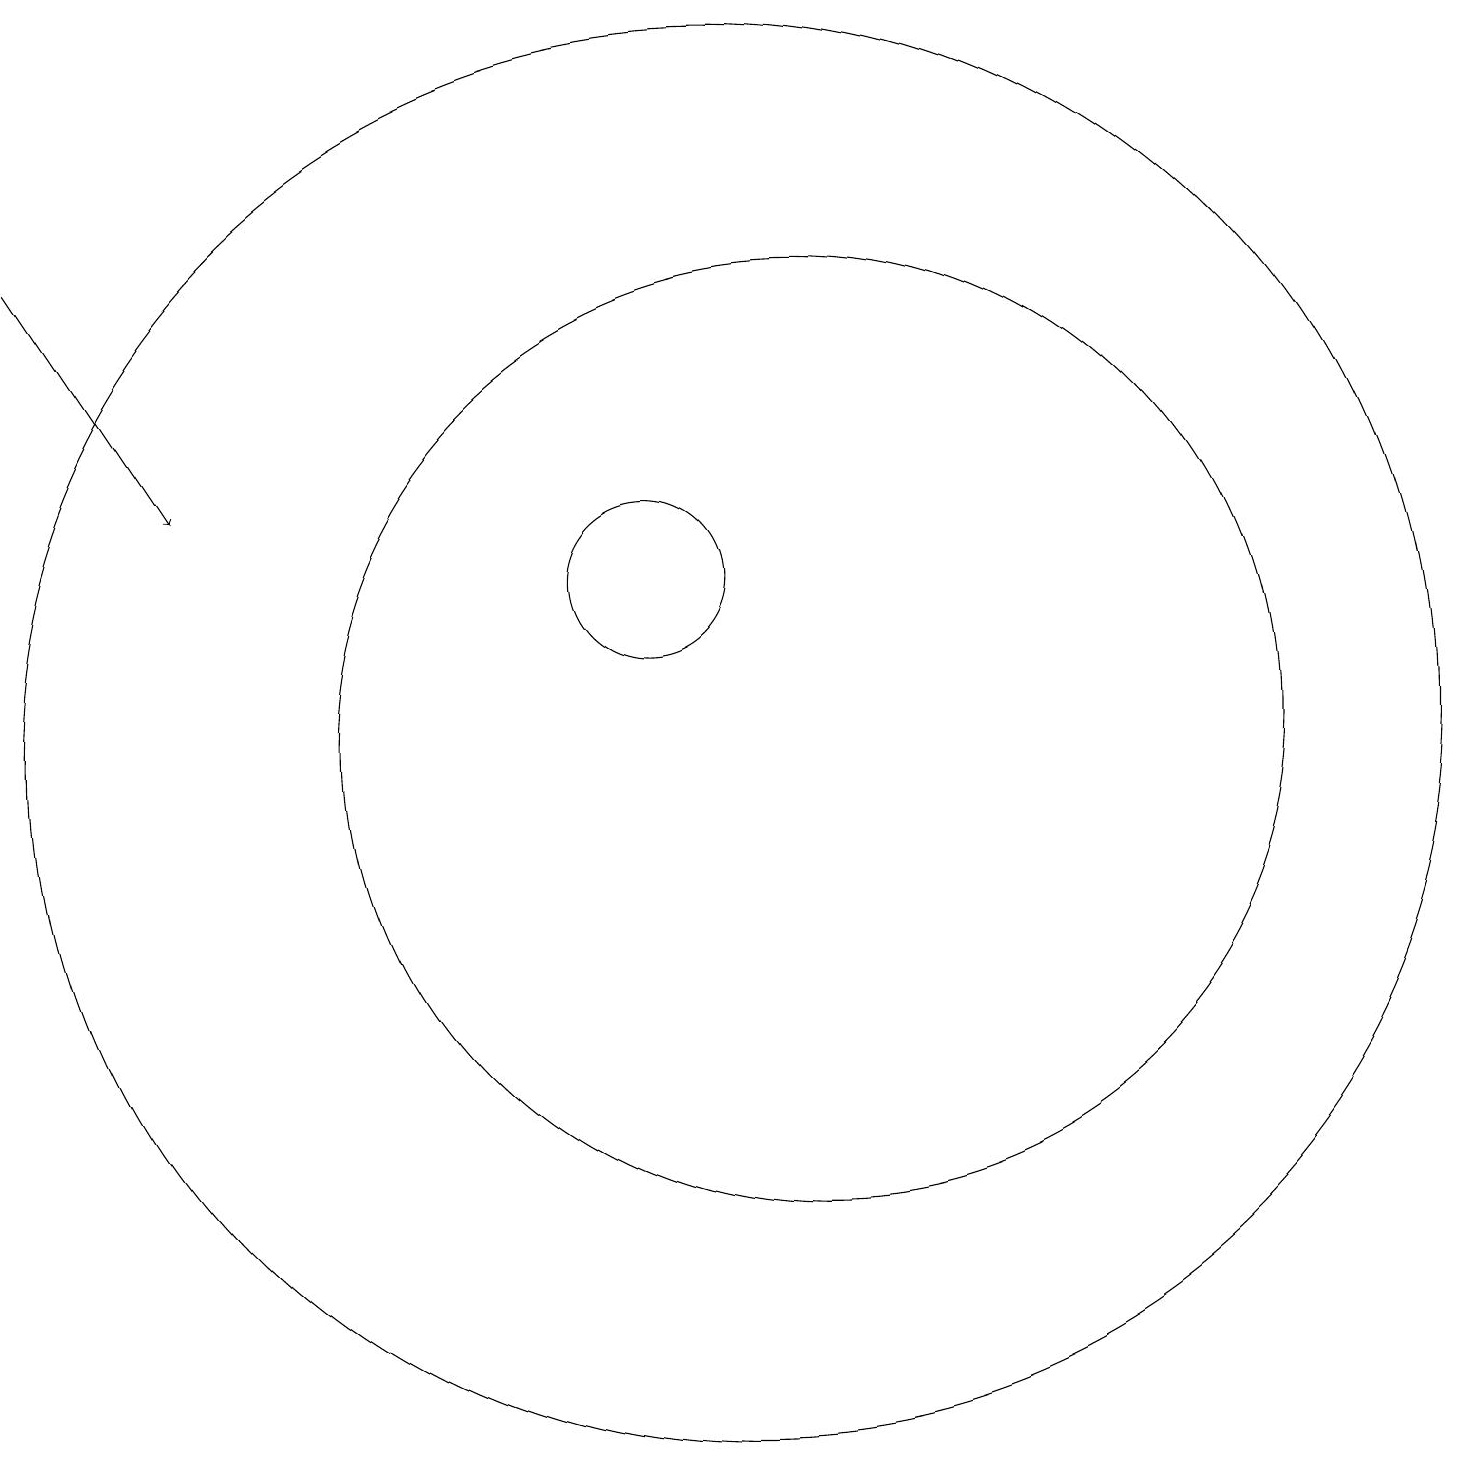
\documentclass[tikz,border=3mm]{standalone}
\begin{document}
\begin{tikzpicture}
\draw (12,10) circle (6);
\draw (10,12) circle (1);
\draw[->] (2,16) -- (4,13);
\draw (11,10) circle (9);
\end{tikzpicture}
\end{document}